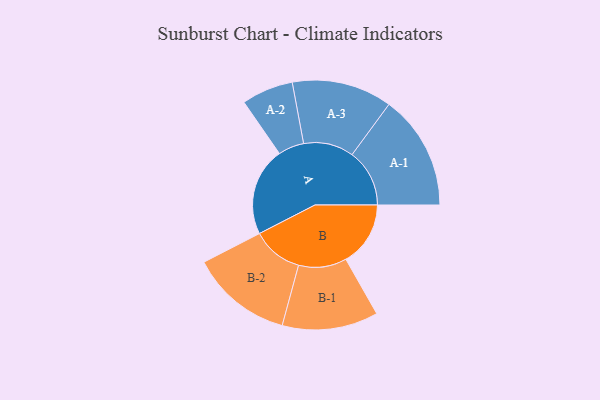
{"axis": {"x": "Segment", "y": "Value"}, "legend": ["", "A", "B"], "data": [{"x": "A", "y": 458, "type": ""}, {"x": "B", "y": 335, "type": ""}, {"x": "A-1", "y": 298, "type": "A"}, {"x": "A-2", "y": 134, "type": "A"}, {"x": "A-3", "y": 260, "type": "A"}, {"x": "B-1", "y": 249, "type": "B"}, {"x": "B-2", "y": 264, "type": "B"}]}